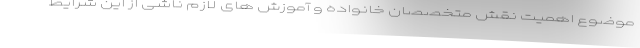
موضوع اهمیت نقش متخصصان خانواده و آموزش های لازم ناشی از این شرایط